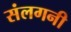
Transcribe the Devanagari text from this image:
संलगनी